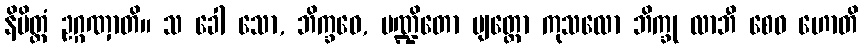
နိမိတ္တံ ဥဂ္ဂဏှာတိ။ သ ခေါ သော, ဘိက္ခဝေ, ပဏ္ဍိတော ဗျတ္တော ကုသလော ဘိက္ခု လာဘီ စေဝ ဟောတိ